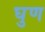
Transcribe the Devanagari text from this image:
घुण